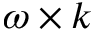
\omega \times k